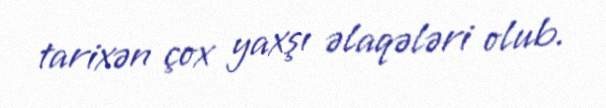
tarixən çox yaxşı əlaqələri olub.